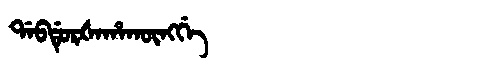
Manchu: ᡩᠠᠪᡩᡠᡵᡧᠠᡥᠠᡴᡡᠩᡤᡝ
Romanization: DABDURŠAHAKŪNGGE